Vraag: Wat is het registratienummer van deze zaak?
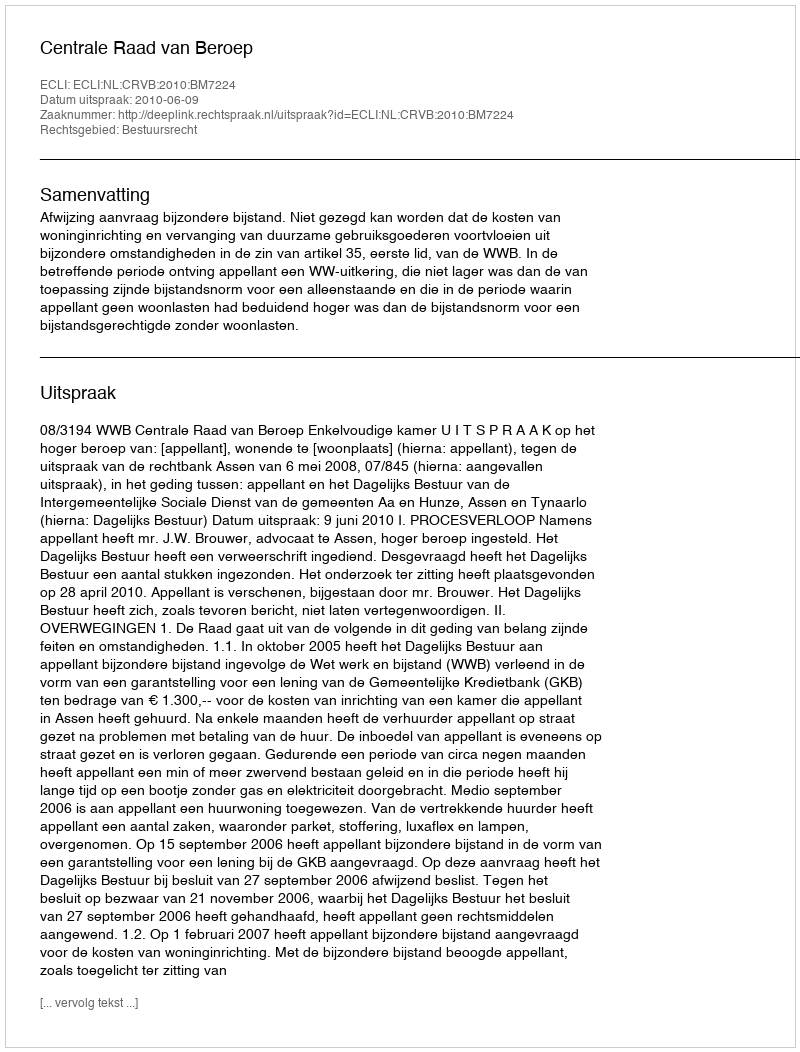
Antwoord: http://deeplink.rechtspraak.nl/uitspraak?id=ECLI:NL:CRVB:2010:BM7224